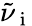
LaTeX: \tilde{\nu}_{\mathrm{~i~}}